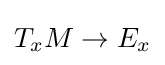
T_{x}M\to E_{x}